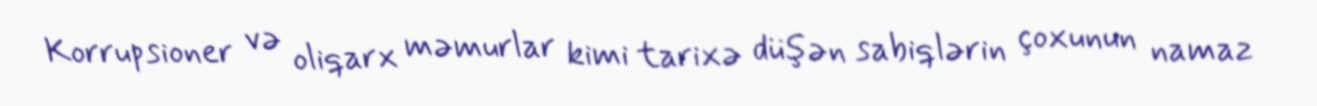
Korrupsioner və oliqarx məmurlar kimi tarixə düşən sabiqlərin çoxunun namaz